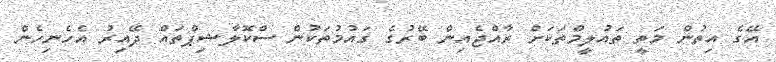
އޭގެ އިތުން މަތީ ތައުލީމްތަކަށް ރާއްޖެއިން ބޭރުގެ ގައުމުތަކުން ސްކޮލާޝިޕްތައް ދޭއިރު އެހެނިހެން